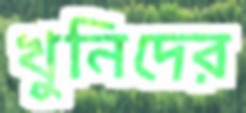
খুনিদের